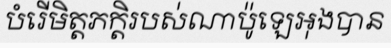
បំរើមិត្តភក្តិរបស់ណាប៉ូឡេអុងបាន